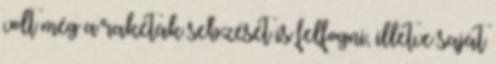
volt még a rakéták sebzését is felfogni, illetve saját